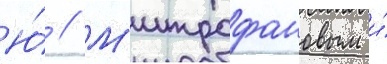
Ю́ // М'итрофановым и́